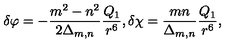
\delta \varphi = - \frac { m ^ { 2 } - n ^ { 2 } } { 2 \Delta _ { m , n } } \frac { Q _ { 1 } } { r ^ { 6 } } , \delta \chi = \frac { m n } { \Delta _ { m , n } } \frac { Q _ { 1 } } { r ^ { 6 } } ,